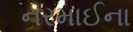
નરમાઈના